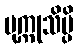
ပုက္ကုသိမ္ပိ